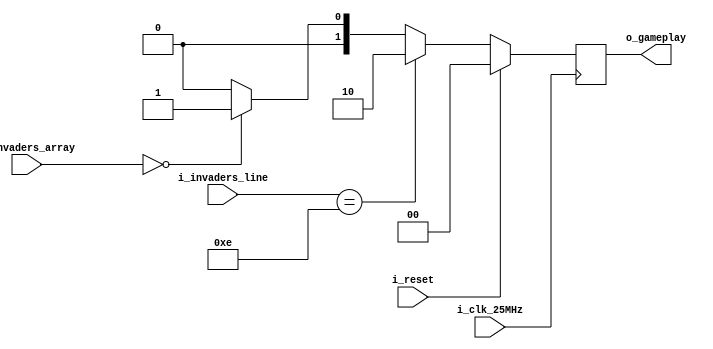
// Copyright (c) 2017-2018 Roland Coeurjoly
// This program is GPL Licensed. See LICENSE for the full license.

module gameplay(
		            input wire        i_clk_25MHz,
		            input wire        i_reset,
		            input wire [19:0] i_invaders_array,
		            input wire [3:0]  i_invaders_line,
		            output reg [1:0]  o_gameplay
		            );

   parameter PLAYING = 2'b00;
   parameter YOU_WIN = 2'b01;
   parameter GAME_OVER = 2'b10;

   initial
     begin
	      o_gameplay = PLAYING;
     end

   always @(posedge i_clk_25MHz)
     begin
        if (i_reset == 1)
	        begin
	           o_gameplay <= PLAYING;
	        end
	      else
	        begin
	           if (i_invaders_line == 14)
	             o_gameplay <= GAME_OVER;
	           else if (i_invaders_array == 0)
	             o_gameplay <= YOU_WIN;
	           else
	             o_gameplay <= PLAYING;
	        end
     end // always @ (posedge i_clk_25MHz)


`ifdef FORMAL
   default disable iff (i_reset);
   // Note we use past function, documented in https://yosyshq.readthedocs.io/projects/ap109/en/latest/index.html#the-past-function
   assert property (@(posedge i_clk_25MHz) i_reset |-> ##1 $past(o_gameplay) == PLAYING);
   assert property (@(posedge i_clk_25MHz) i_invaders_line == 14 |-> ##1 o_gameplay == GAME_OVER);
   assert property (@(posedge i_clk_25MHz) i_invaders_array == 0 && i_invaders_line != 14 |-> ##1 o_gameplay == YOU_WIN);
   assert property (@(posedge i_clk_25MHz) disable iff (i_reset) o_gameplay == PLAYING ##1 (i_invaders_line != 14 && i_invaders_array != 0) |-> ##1 o_gameplay == PLAYING);
   // Forbiden state machine transitions:
   // Cannot go from YOU_WIN to GAME_OVER
   // Cannot go from GAME_OVER to YOU_WIN
   // These properties do not hold because the invaders is an input and can jump from 14 line to 0.
   // In real playtime is shouldn't. We should assume that i_invaders_line cannot jump more than 1 line in a clock cycle
   // assert property (@(posedge i_clk_25MHz) disable iff (i_reset) o_gameplay == GAME_OVER |-> ##1 o_gameplay != YOU_WIN);
   // assert property (@(posedge i_clk_25MHz) disable iff (i_reset) o_gameplay == YOU_WIN |-> ##1 o_gameplay != GAME_OVER);
`endif
endmodule